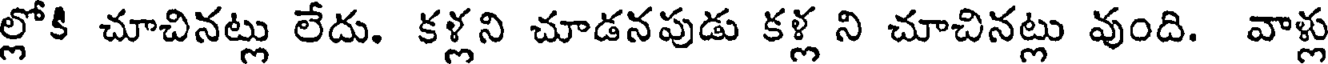
ల్లోకి చూచినట్లు లేదు. కళ్లని చూడనపుడు కళ్ల ని చూచినట్లు వుంది. వాళ్లు